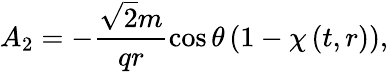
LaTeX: A_{2}=-\frac{\sqrt{2}m}{qr}\cos\theta\left(1-\chi\left(t,r\right)\right),